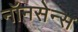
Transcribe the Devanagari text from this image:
नॉनसेन्स